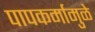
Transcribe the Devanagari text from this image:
पापकर्मामुळे